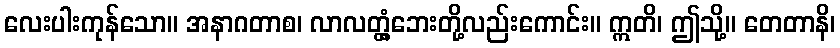
လေးပါးကုန်သော။ အနာဂတာစ၊ လာလတ္တံ့ဘေးတို့လည်းကောင်း။ ဣတိ၊ ဤသို့။ တေတာနိ၊